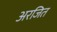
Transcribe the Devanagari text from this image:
अरजित